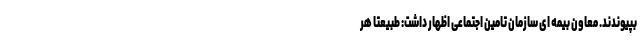
بپیوندند. معاون بیمه ای سازمان تامین اجتماعی اظهار داشت: طبیعتا هر